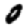
Digit: 0